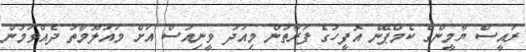
ރައީސް ޔާމީންގެ ކެމްޕޭން އޮފީހުގެ ފަރާތުން މިއަދު ވީނިއުސް އަށް މައުލޫމާތު ދެއްވަމުން